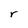
Character: r